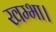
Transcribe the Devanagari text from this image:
खम्भा।